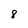
Character: 8